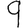
Digit: 9